Calcutta medical institutions reports 1892-1900
Year: 1892
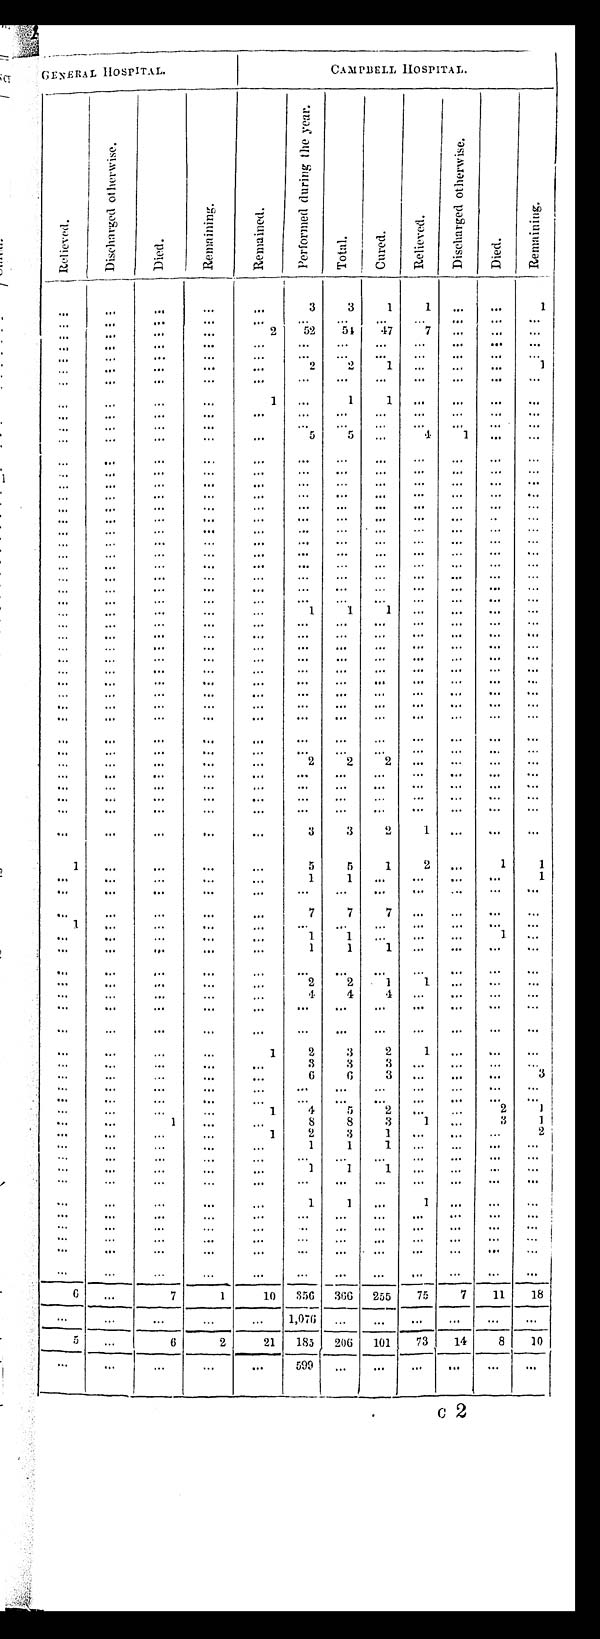
GENERAL HOSPITAL.
CAMPBELL HOSPITAL.
R
R e l i e v e d .
D i s c h a r g e d o t h e r w i s e .
D i e d .
R e m a i n i n g .
R e m a i n e d
.
P e r f o r m e d d u r i n g t h e y e a r .
T o t a l . C u r e d .
R e l i e v e d .
D i s c h a r g e d o t h e r w i s e .
D i e d .
R e m a i n i n g .
3
3 1 11
1
2 5 2
5 4
4 7 7
2 2 1
1
1
1 1
5
5
4
1
1
1 1
2 2
2
3
3
2 1
1
5
5
1 2
1 1
1 1
1
7
7 7
1
1 1
1
1 1
1
2
2
1 1
4
4
4
1
2 3
2 1
3
3 3
6
6
3
3
1
4
5
2
2
1
1
8
8
3 1 ..
3
1
1 2
3
1
2
1
1
1 .
1
1
1
1
1
1
6
7
1
10 356 366 255 75
7 11 18
1,076
—
5
6
2
21 185 206 101 73
14 8 10
599
c2